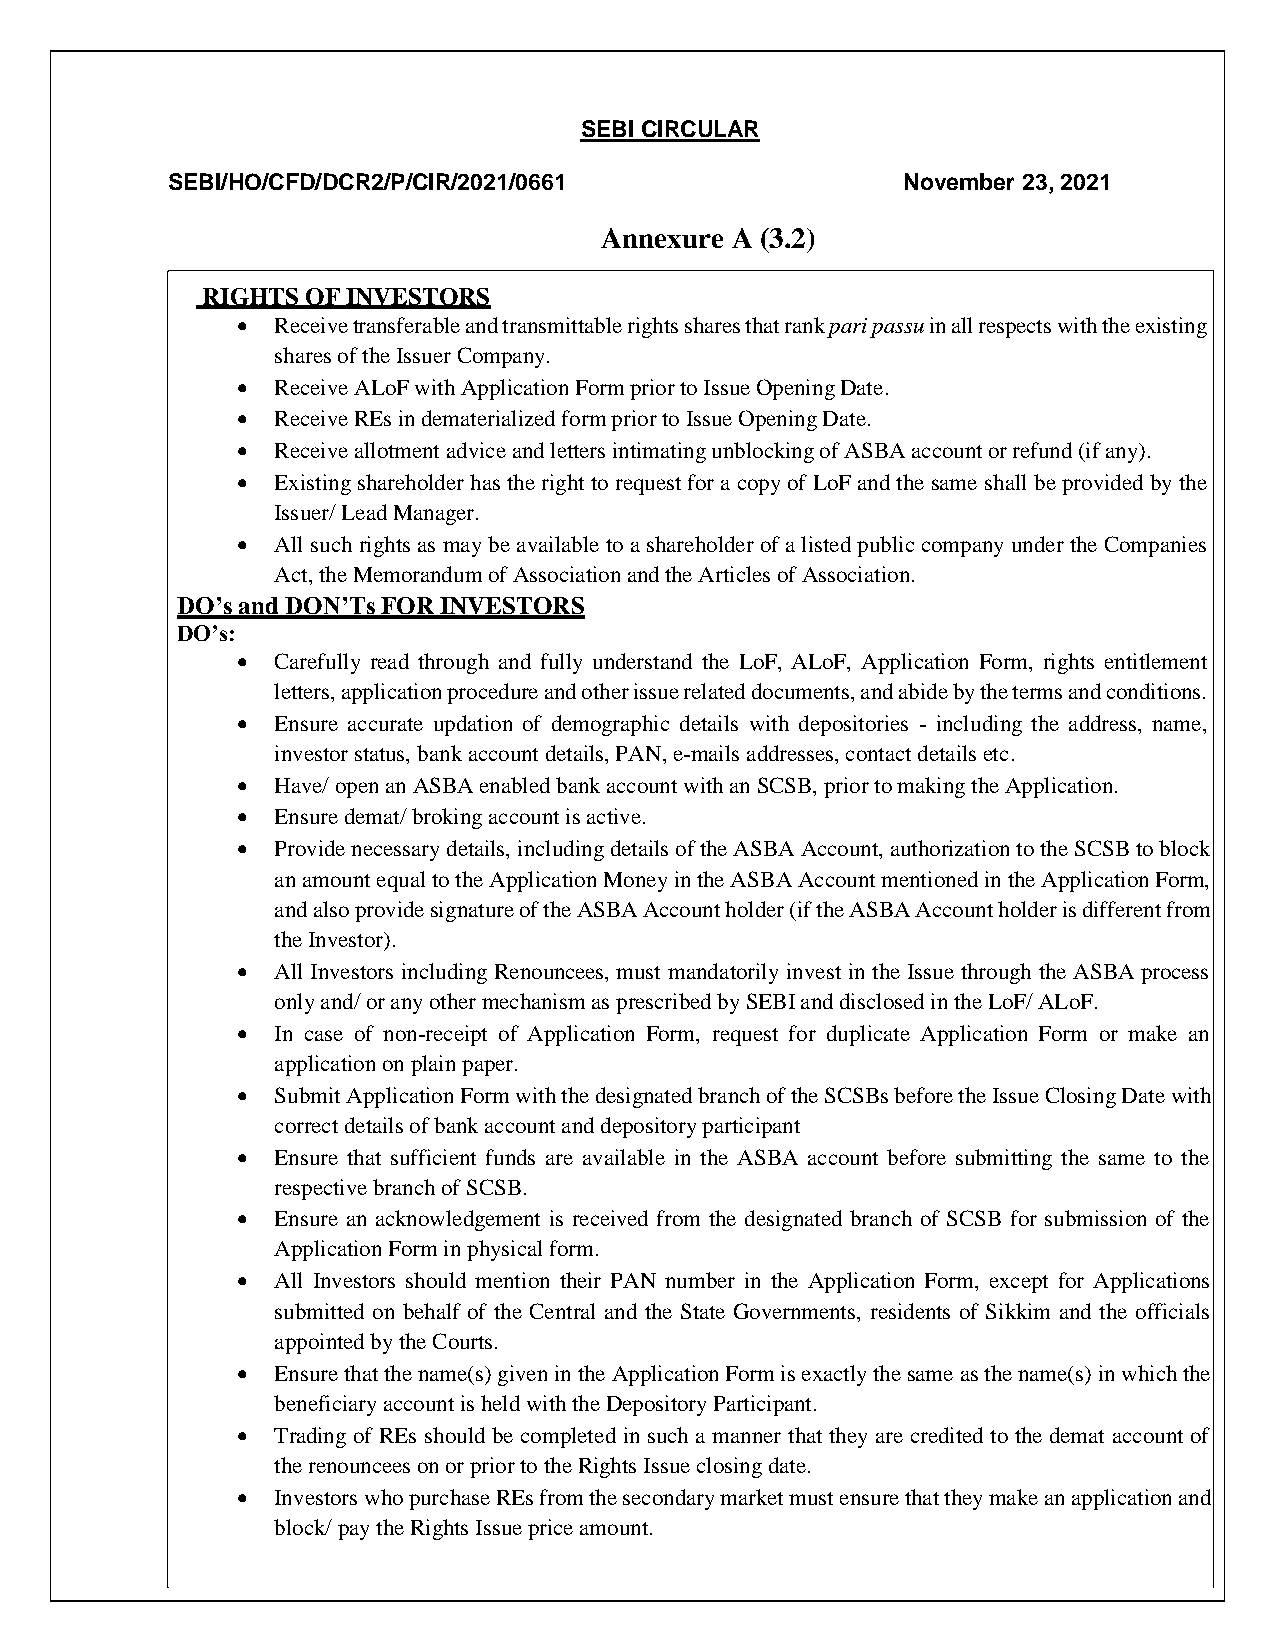
SEBI CIRCULAR
 SEBI/HO/CFD/DCR2/P/CIR/2021/0661                 November 23, 2021
 Annexure A (3.2)
 RIGHTS OF INVESTORS
  Receive transferable and transmittable rights shares that rank pari passu in all respects with the existing
 shares of the Issuer Company.
  Receive ALoF with Application Form prior to Issue Opening Date.
  Receive REs in dematerialized form prior to Issue Opening Date.
  Receive allotment advice and letters intimating unblocking of ASBA account or refund (if any).
  Existing shareholder has the right to request for a copy of LoF and the same shall be provided by the
 Issuer/ Lead Manager.
  All such rights as may be available to a shareholder of a listed public company under the Companies
 Act, the Memorandum of Association and the Articles of Association.
 DO’s and DON’Ts FOR INVESTORS
 DO’s:
  Carefully read through and fully understand the LoF, ALoF, Application Form, rights entitlement
 letters, application procedure and other issue related documents, and abide by the terms and conditions.
  Ensure accurate updation of demographic details with depositories - including the address, name,
 investor status, bank account details, PAN, e-mails addresses, contact details etc.
  Have/ open an ASBA enabled bank account with an SCSB, prior to making the Application.
  Ensure demat/ broking account is active.
  Provide necessary details, including details of the ASBA Account, authorization to the SCSB to block
 an amount equal to the Application Money in the ASBA Account mentioned in the Application Form,
 and also provide signature of the ASBA Account holder (if the ASBA Account holder is different from
 the Investor).
  All Investors including Renouncees, must mandatorily invest in the Issue through the ASBA process
 only and/ or any other mechanism as prescribed by SEBI and disclosed in the LoF/ ALoF.
  In case of non-receipt of Application Form, request for duplicate Application Form or make an
 application on plain paper.
  Submit Application Form with the designated branch of the SCSBs before the Issue Closing Date with
 correct details of bank account and depository participant
  Ensure that sufficient funds are available in the ASBA account before submitting the same to the
 respective branch of SCSB.
  Ensure an acknowledgement is received from the designated branch of SCSB for submission of the
 Application Form in physical form.
  All Investors should mention their PAN number in the Application Form, except for Applications
 submitted on behalf of the Central and the State Governments, residents of Sikkim and the officials
 appointed by the Courts.
  Ensure that the name(s) given in the Application Form is exactly the same as the name(s) in which the
 beneficiary account is held with the Depository Participant.
  Trading of REs should be completed in such a manner that they are credited to the demat account of
 the renouncees on or prior to the Rights Issue closing date.
  Investors who purchase REs from the secondary market must ensure that they make an application and
 block/ pay the Rights Issue price amount.